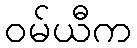
ဝမ်ယီက